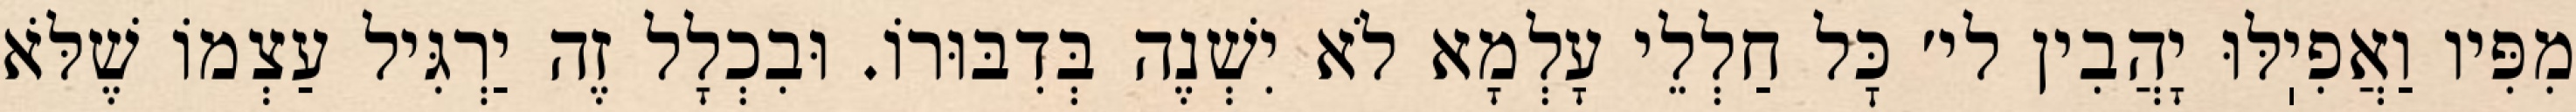
מִפִּיו וַאֲפִיֽלּוּ יָהֲבִין לי׳ כׇּל חַלְלֵי עָלְמָא לֹא יִשְׁנֶה בְּדִבּוּרוֹ. וּבִכְלָל זֶה יַרְגִּיל עַצְמוֹ שֶׁלֹּא